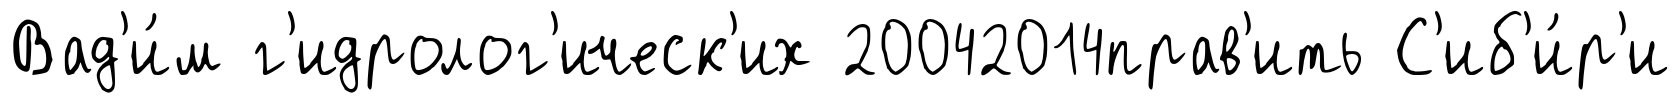
Вад'и́м г'идролог'ическ'их 20042014прав'ить С'иб'и́р'и